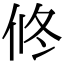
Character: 𠗆